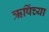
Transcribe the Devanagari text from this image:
ऋषिंच्या